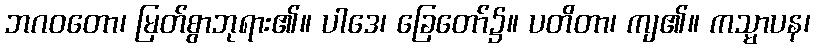
ဘဂဝတော၊ မြတ်စွာဘုရား၏။ ပါဒေ၊ ခြေတော်၌။ ပတိတာ၊ ကျ၏။ ကသ္မာပန၊